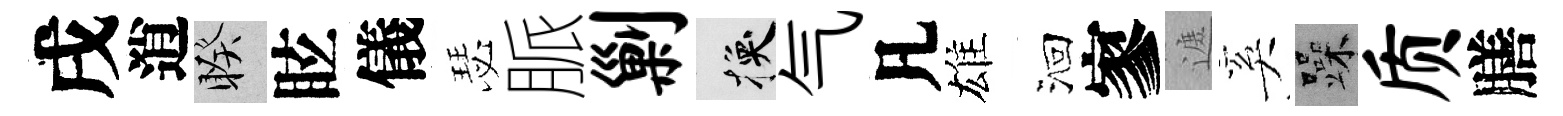
戌逍睽眩儀瑟脈剿换气凡雄洄寥遮奚躁质膳